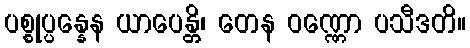
ပစ္စုပ္ပန္နေန ယာပေန္တိ၊ တေန ဝဏ္ဏော ပသီဒတိ။